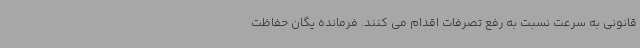
قانونی به سرعت نسبت به رفع تصرفات اقدام می کنند. فرمانده یگان حفاظت